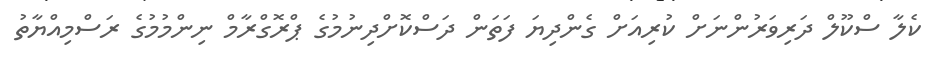
ކެލާ ސްކޫލް ދަރިވަރުންނަށް ކުރިއަށް ގެންދިޔަ ފަތަން ދަސްކޮށްދިނުމުގެ ޕްރޮގްރާމް ނިންމުމުގެ ރަސްމިއްޔާތު